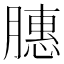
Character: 𫆵